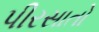
પીરસાતો